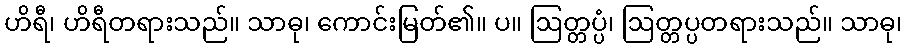
ဟိရီ၊ ဟိရီတရားသည်။ သာဓု၊ ကောင်းမြတ်၏။ ပ။ ဩတ္တပ္ပံ၊ ဩတ္တပ္ပတရားသည်။ သာဓု၊